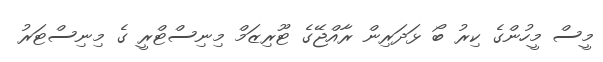
މީސް މީހުންގެ ކިރު ބޯ ޅަދަރިން ރާއްޖޭގެ ޓޫރިޒަމް މިނިސްޓްރީ ގެ މިނިސްޓަރު